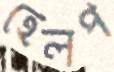
হেলপ